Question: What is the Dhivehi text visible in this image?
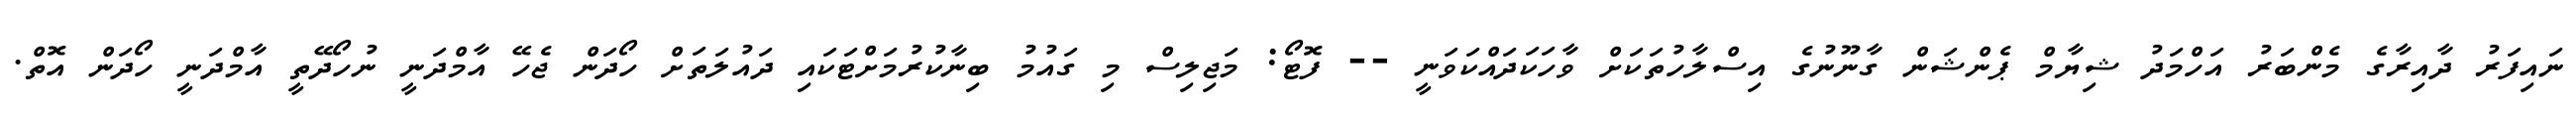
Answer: ނައިފަރު ދާއިރާގެ މެންބަރު އަހްމަދު ޝިޔާމް ޕެންޝަން ގާނޫނުގެ އިސްލާހުތަކަށް ވާހަކަދައްކަވަނީ -- ފޮޓޯ: މަޖިލިސް މި ގައުމު ބިނާކުރުމަށްޓަކައި ދައުލަތަށް ހޯދަން ޖެހޭ އާމްދަނީ ނުހޯދޭތީ އާމްދަނީ ހޯދަން އޮތް.